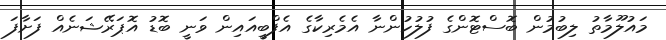
މައުލޫމާތު ލިބުމުން ބޮސްޓޮންގެ ފުލުހުންނާ އެމެރިކާގެ އެފްބީއައިން ވަނީ ބޮޑު އޮޕަރޭޝަނެއް ފަށާފަ